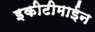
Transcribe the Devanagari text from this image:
इकीटीमाईन